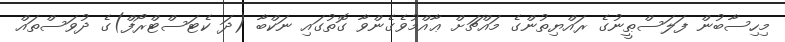
މިހިސާބުން ފަލަސްޠީނުގެ ރައްޔިތުންގެ މައްޗަށް ޢާއްމުވެގެންވާ ގޮތުގައި ނަކްބާ (ދަ ކެޓަސްޓްރޯފް)ގެ ދުވަސްތައް